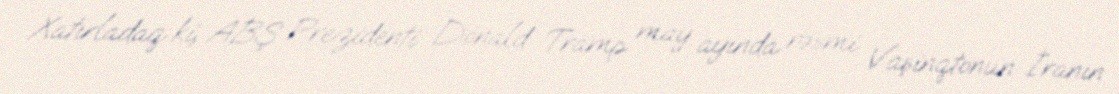
Xatırladaq ki, ABŞ Prezidenti Donald Tramp may ayında rəsmi Vaşinqtonun İranın